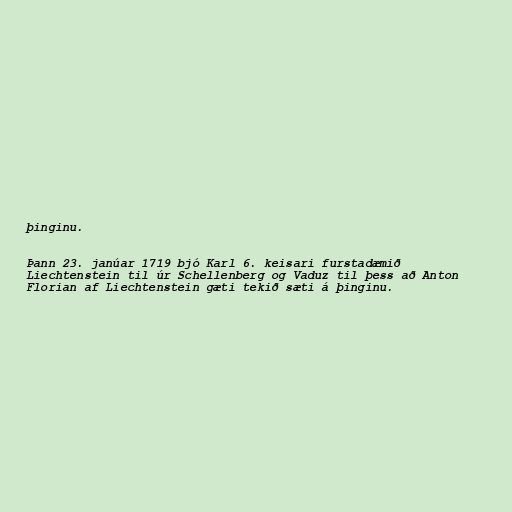
þinginu.

Þann 23. janúar 1719 bjó Karl 6. keisari furstadæmið
Liechtenstein til úr Schellenberg og Vaduz til þess að Anton
Florian af Liechtenstein gæti tekið sæti á þinginu.